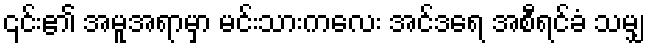
၎င်း၏ အမူအရာမှာ မင်းသားကလေး အင်ဒရေ အစီရင်ခံ သမျှ